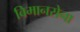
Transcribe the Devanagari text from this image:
विमानसेना